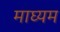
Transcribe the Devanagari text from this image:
माघ्‍यम